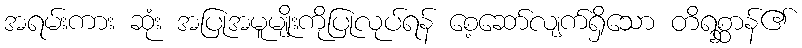
အရမ်းကား ဆုံး အပြုအမူမျိုးကိုပြုလုပ်ရန် စေ့ဆော်လျက်ရှိသော တိရစ္ဆာန်၏